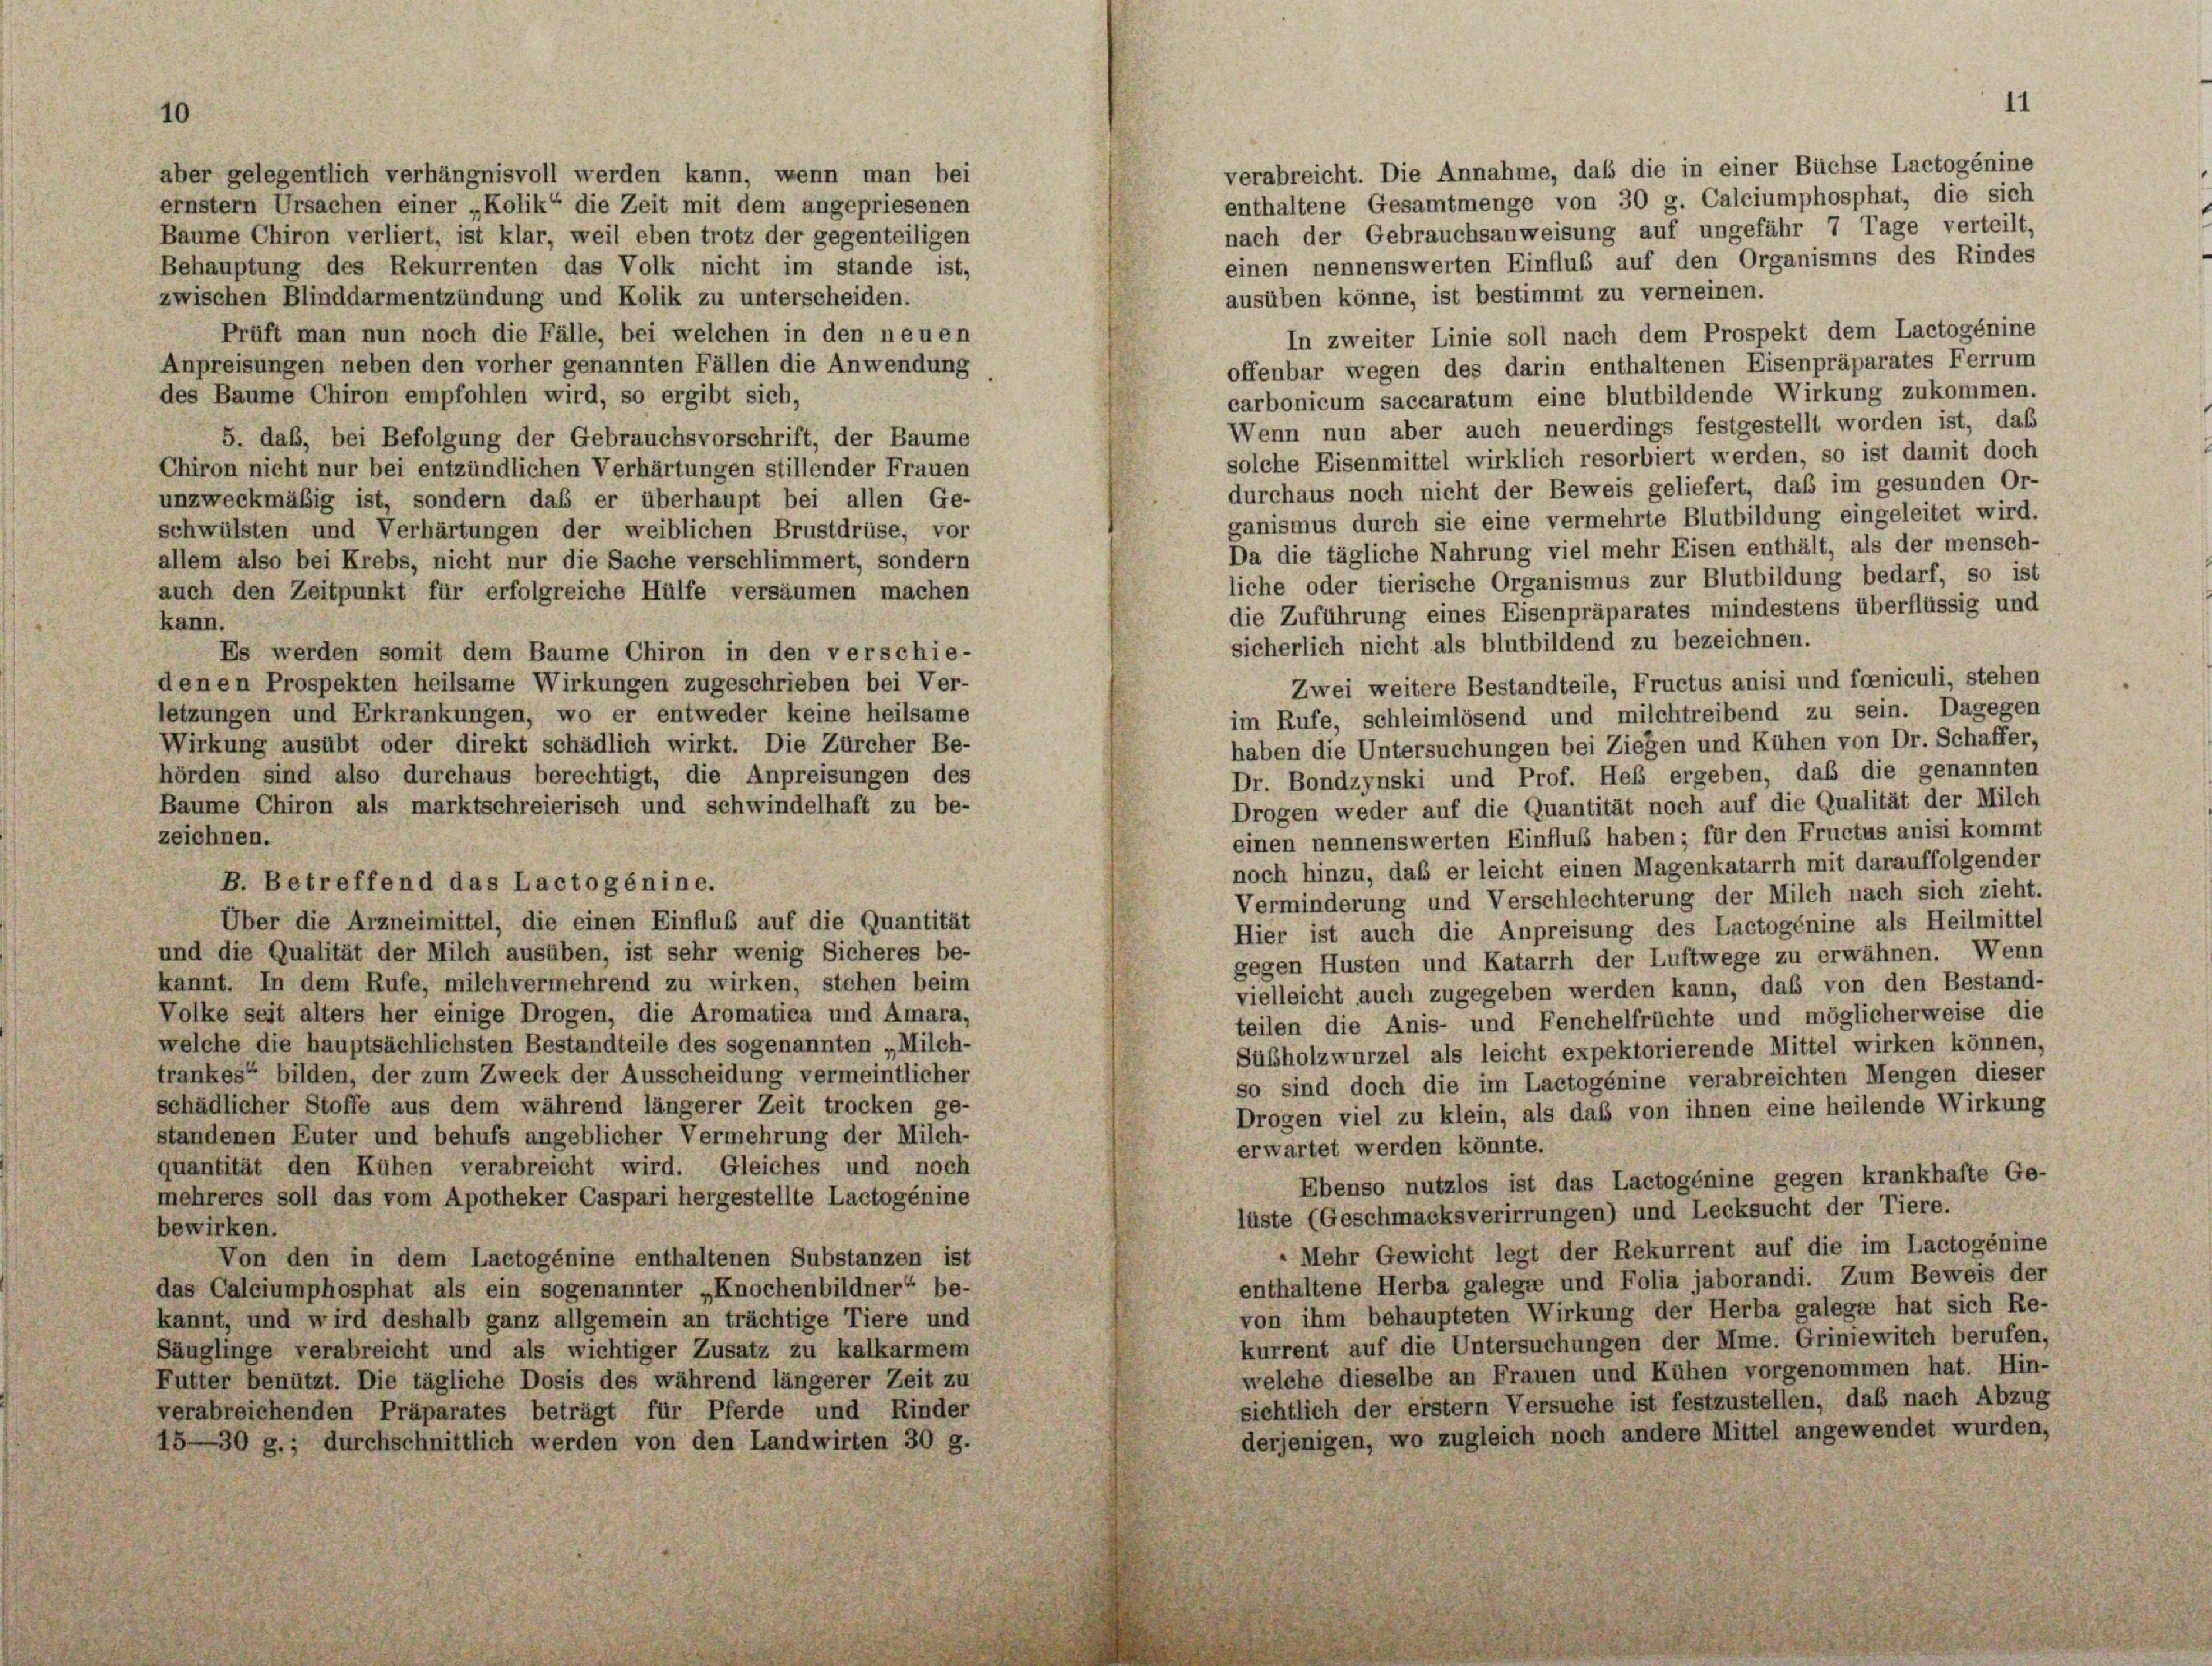
ausüben könne, ist bestimmt zu verneinen.
In zweiter Linie soll nach dem Prospekt dem Lactogénine
offenbar wegen des darin enthaltenen Eisenpräparates Ferrum
des Baume Chiron empfohlen wird, so ergibt sich,
carbonicum saccaratum eine blutbildende Wirkung zukommen.
Wenn nun aber auch neuerdings festgestellt worden ist, daß
5. das, bei Befolgung der Gebrauchsvorschrift, der Baume
solche Eisenmittel wirklich resorbiert werden, so ist damit doch
Chiron nicht nur bei entzündlichen Verhärtungen stillender Frauen
durchaus noch nicht der Beweis geliefert, daß im gesunden Or-
unzweckmäßig ist, sondern daß er überhaupt bei allen Ge-
ganismus durch sie eine vermehrte Blutbildung eingeleitet wird.
schwülsten und Verhärtungen der weiblichen Brustdrüse, vor
Da die tägliche Nahrung viel mehr Eisen enthält, als der mensch-
allem also bei Krebs, nicht nur die Sache verschlimmert, sondern
liche oder tierische Organismus zur Blutbildung bedarf, so ist
auch den Zeitpunkt für erfolgreiche Hülfe versäumen machen
die Zuführung eines Eisenpräparates mindestens überflüssig und
kann.
sicherlich nicht als blutbildend zu bezeichnen.
Es werden somit dem Baume Chiron in den verschie-
Zwei weitere Bestandteile, Fructus anisi und foeniculi, stehen
denen Prospekten heilsame Wirkungen zugeschrieben bei Ver-
letzungen und Erkrankungen, wo er entweder keine heilsame
im Rufe, schleimlösend und milchtreibend zu sein. Dagegen
Wirkung ausübt oder direkt schädlich wirkt. Die Zürcher Be-
haben die Untersuchungen bei Ziegen und Kühen von Dr. Schaffer,
hörden sind also durchaus berechtigt, die Anpreisungen des
Dr. Bondzynski und Prof. Heß ergeben, daß die genannten
Drogen weder auf die Quantität noch auf die Qualität der Milch
Baume Chiron als marktschreierisch und schwindelhaft zu be-
zeichnen.
einen nennenswerten Einfluß haben; für den Fructus anisi kommt
noch hinzu, daß er leicht einen Magenkatarrh mit darauffolgender
B. Betreffend das Lactogénine.
Verminderung und Verschlechterung der Milch nach sich zieht.
Über die Arzneimittel, die einen Einfluß auf die Quantität
Hier ist auch die Anpreisung des Lactogénine als Heilmittel
und die Qualität der Milch ausüben, ist sehr wenig Sicheres be-
gegen Husten und Katarrh der Luftwege zu erwähnen. Wenn
kannt. In dem Rufe, milchvermehrend zu wirken, stehen beim
vielleicht auch zugegeben werden kann, daß von den Bestand-
Volke seit alters her einige Drogen, die Aromatica und Amara,
teilen die Anis- und Fenchelfrüchte und möglicherweise die
welche die hauptsächlichsten Bestandteile des sogenannten „Milch-
Sübholzwurzel als leicht expektorierende Mittel wirken können,
trankes“ bilden, der zum Zweck der Ausscheidung vermeintlicher
so sind doch die im Lactogénine verabreichten Mengen dieser
schädlicher Stoffe aus dem während längerer Zeit trocken ge-
Drogen viel zu klein, als das von ihnen eine heilende Wirkung
standenen Euter und behufs angeblicher Vermehrung der Milch-
erwartet werden könnte.
quantität den Kühen verabreicht wird. Gleiches und noch
Ebenso nutzlos ist das Lactogénine gegen krankhafte Ge-
mehreres soll das vom Apotheker Caspari hergestellte Lactogénine
lüste (Geschmacksverirrungen) und Lecksucht der Tiere.
bewirken.
" Mehr Gewicht legt der Rekurrent auf die im Lactogénine
Von den in dem Lactogénine enthaltenen Substanzen ist
enthaltene Herba galegte und Folia jaborandi. Zum Beweis der
das Calciumphosphat als ein sogenannter „Knochenbildner“ be-
von ihm behaupteten Wirkung der Herba galege hat sich Re-
kannt, und wird deshalb ganz allgemein an trächtige Tiere und
kurrent auf die Untersuchungen der Mie. Griniewitch berufen,
Säuglinge verabreicht und als wichtiger Zusatz zu kalkarmem
welche dieselbe an Frauen und Kühen vorgenommen hat. Hin-
Futter benützt. Die tägliche Dosis des während längerer Zeit zu
sichtlich der erstem Versuche ist festzustellen, daß nach Abzug
verabreichenden Präparates beträgt für Pferde und Rinder
derjenigen, wo zugleich noch andere Mittel angewendet wurden,
15—30 g.; durchschnittlich werden von den Landwirten 30 g.

aber gelegentlich verhängnisvoll werden kann, wenn man bei
ernstem Ursachen einer „Kolik“ die Zeit mit dem angepriesenen
Baume Chiron verliert, ist klar, weil eben trotz der gegenteiligen
Behauptung des Rekurrenten das Volk nicht im stande ist,
zwischen Blinddarmentzündung und Kolik zu unterscheiden.
Prüft man nun noch die Fälle, bei welchen in den neuen
Anpreisungen neben den vorher genannten Fällen die Anwendung

verabreicht. Die Annahme, daß die in einer Büchse Lactogénine
enthaltene Gesamtmenge von 30 g. Calciumphosphat, die sich
nach der Gebrauchsanweisung auf ungefähr 7 Tage verteilt,
einen nennenswerten Einflub auf den Organismus des Rindes